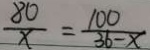
\frac { 8 0 } { x } = \frac { 1 0 0 } { 3 6 - x }